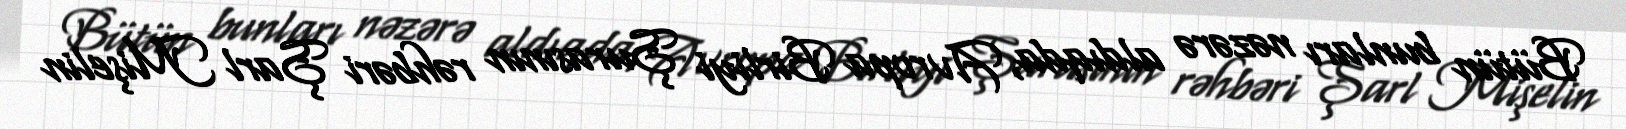
Bütün bunları nəzərə aldıqda, Avropa Birliyi Şurasının rəhbəri Şarl Mişelin